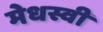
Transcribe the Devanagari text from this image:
मेधस्वी